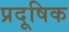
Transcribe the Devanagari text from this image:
प्रदूषिक